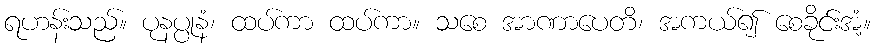
ရဟန်းသည်။ ပုနပ္ပုနံ၊ ထပ်ကာ ထပ်ကာ။ သစေ အာဏာပေတိ၊ အကယ်၍ စေခိုင်းအံ့။